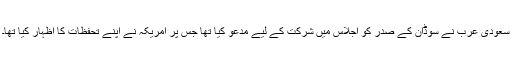
سعودی عرب نے سوڈان کے صدر کو اجلاس میں شرکت کے لیے مدعو کیا تھا جس پر امریکہ نے اپنے تحفظات کا اظہار کیا تھا۔